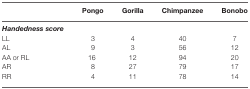
|  | Pongo | Gorilla | Chimpanzee | Bonobo |
 | --- | --- | --- | --- | --- |
 | Handedness score |  |  |  |  |
 | LL | 3 | 4 | 40 | 7 |
 | AL | 9 | 3 | 56 | 12 |
 | AA or RL | 16 | 12 | 94 | 20 |
 | AR | 8 | 27 | 79 | 17 |
 | RR | 4 | 11 | 78 | 14 |